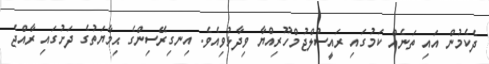
ދެކެމުން އައި ތަނެއް ކަމުގައި ރައީސުލްޖުމްހޫރިއްޔާ ވިދާޅުވިއެވެ. އިނގިރޭސިންގެ ޙިމާޔަތުގެ ދަށުގައި ރާއްޖެ